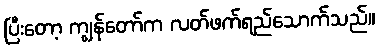
ပြီးတော့ ကျွန်တော်က လတ်ဖက်ရည်သောက်သည်။